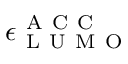
\epsilon _ { \mathrm { ~ L ~ U ~ M ~ O ~ } } ^ { \mathrm { ~ A ~ C ~ C ~ } }